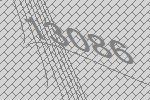
13086